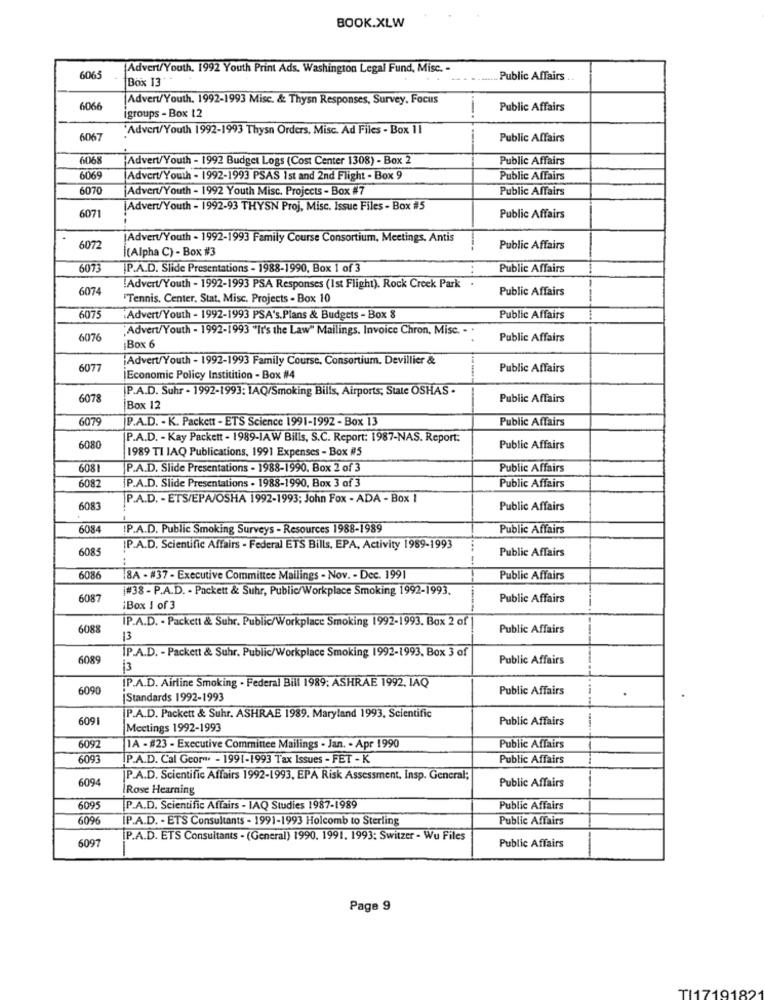
BOOK.XLW
Advert/Youth, 1992 Youth Print Ads. Washington Legal Fund, Misc. -
6065
Box 13- -
Public Affairs ..
Advert/Youth, 1992-1993 Misc. & Thysn Responses, Survey, Focus
6066
Public Affairs
igroups - Box 12
Advert/Youth 1992-1993 Thysn Orders, Misc. Ad Files - Box 11
6067
Public Affairs
3068
Advert/Youth - 1992 Budget Logs (Cost Center 1308) - Box 2
Public Affairs
6069
Advert/Youth - 1992-1993 PSAS Ist and 2nd Flight - Box 9
Public Affairs
607
Advert/Youth - 1992 Youth Misc. Projects - Box #7
Public Affairs
Advert/Youth - 1992-93 THYSN Proj, Misc. Issue Files - Box #5
6071
Public Affairs
[Advert/Youth - 1992-1993 Family Course Consortium, Meetings. Antis
6072
(Alpha C) - Box #3
Public Affairs
6073
P.A.D. Slide Presentations - 1988-1990, Box 1 of 3
..
Public Affairs
6074
Advert/Youth - 1992-1993 PSA Responses (Ist Flight). Rock Creek Park .
Public Affairs
Tennis. Center, Stat, Misc. Projects - Box 10
6075
:Advert/Youth - 1992-1993 PSA's.Plans & Budgets - Box &
Public Affairs
Advert/Youth - 1992-1993 "It's the Law" Mailings, Invoice Chron, Misc. . .
6076
Public Affairs
Box 6
Advert/Youth - 1992-1993 Family Course, Consortium. Devillier &
6077
Public Affairs
Economic Policy Institition - Box #4
[P.A.D. Suhr - 1992-1993: IAQ/Smoking Bills, Airports; State OSHAS ·
6078
Public Affairs
Box 12
6079
P.A.D. - K. Packett - ETS Science 1991-1992 - Box 13
Public Affairs
P.A.D. - Kay Packett - 1989-IAW Bills, S.C. Report: 1987-NAS. Report:
6080
1989 TI IAQ Publications, 1991 Expenses - Box #5
Public Affairs
6081
P.A.D. Slide Presentations - 1988-1990. Box 2 of 3
Public Affairs
6082
P.A.D. Slide Presentations - 1988-1990, Box 3 of 3
Public Affairs
P.A.D. - ETS/EPA/OSHA 1992-1993; John Fox - ADA - Box 1
6083
Public Affairs
6084
P.A.D. Public Smoking Surveys - Resources 1988-1989
Public Affairs
6085
[P.A.D. Scientific Affairs - Federal ETS Bills, EPA, Activity 1989-1993
Public Affairs
6086
BA - #37 - Executive Committee Mailings - Nov. - Dec. 1991
Public Affairs
|#38 - P.A.D. - Packett & Suhr, Public/Workplace Smoking 1992-1993.
6087
Public Affairs
iBox 1 of 3
6088
IP.A.D. - Packett & Suhr. Public/Workplace Smoking 1992-1993. Box 2 of
Public Affairs
13
6089
İP.A.D. - Packett & Suhr. Public/Workplace Smoking 1992-1993, Box 3 of
Public Affairs
3
6090
[P.A.D. Airline Smoking . Federal Bill 1989; ASHRAE 1992, IAQ
Public Affairs
Standards 1992-1993
6091
P.A.D. Packett & Suhr. ASHRAE 1989. Maryland 1993, Scientific
Public Affairs
Meetings 1992-1993
6092
IA - #23 - Executive Committee Mailings - Jan. . Apr 1990
Public Affairs
6093
P.A.D. Cal Geor" - 1991-1993 Tax Issues - FET - K
Public Affairs
6094
P.A.D. Scientific Affairs 1992-1993, EPA Risk Assessment. Insp. General;
Public Affairs
IRose Hearning
6095
P.A.D. Scientific Affairs - IAQ Studies 1987-1989
Public Affairs
6096
P.A.D. - ETS Consultants - 1991-1993 Holcomb to Sterling
Public Affairs
6097
P.A.D. ETS Consultants - (General) 1990. 1991. 1993: Switzer - Wu Files
Public Affairs
-
Page 9
TI1719182